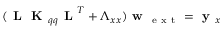
( \textbf { L } \textbf { K } _ { q q } \textbf { L } ^ { T } + \boldsymbol { \Lambda } _ { x x } ) \textbf { w } _ { \mathrm { ~ e ~ x ~ t ~ } } = \textbf { y } _ { x }